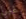
غبى